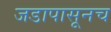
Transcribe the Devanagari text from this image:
जडापासूनच